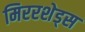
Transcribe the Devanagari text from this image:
मिररशेड्स